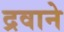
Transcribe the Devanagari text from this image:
द्रवाने